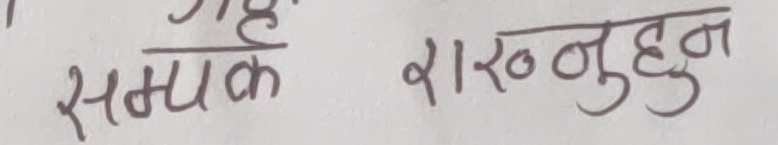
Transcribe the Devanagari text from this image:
सम्पर्क राख्नुहुन